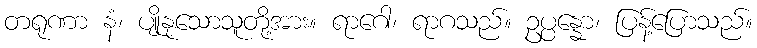
တရုဏာ နံ၊ ပျိုနုသောသူတို့အား။ ရာဂေါ၊ ရာဂသည်။ ဥပ္ပန္နော၊ ပြန့်ပြောသည်။